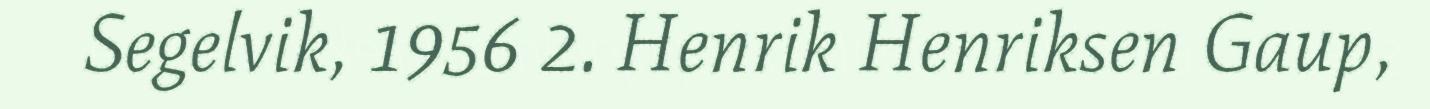
Segelvik, 1956 2. Henrik Henriksen Gaup,